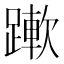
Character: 𨅄